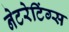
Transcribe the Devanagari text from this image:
नेटरेटिंग्स